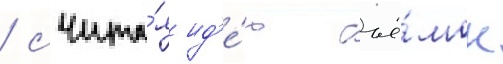
/ счита́я ид'е́ю съё́мок